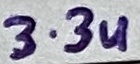
Text: 3.3u